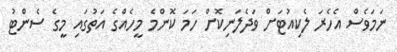
ނަމަވެސް އެހެރަ ލެކިއުޓަށް ވަދެލަނިކޮށް ހަމަ ކޮންމެ މީހެއްގެ އަތުގައި މީގެ ސެންޓު